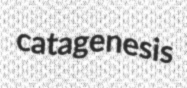
catagenesis